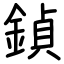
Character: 鍞